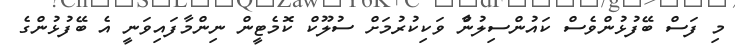
މި ފަސް ބޭފުޅުންވެސް ކައުންސިލުންާ ވަކިކުރުމަށް ސުލޫކް ކޮމެޓީން ނިންމާފައިވަނީ އެ ބޭފުޅުންގެ